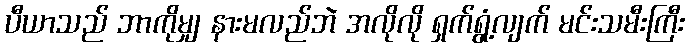
ပီယာသည် ဘာကိုမျှ နားမလည်ဘဲ အလိုလို ရှက်ရွံ့လျက် မင်းသမီးကြီး